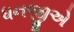
ધનજીએ